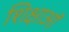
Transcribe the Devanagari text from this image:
शिक्षाऑ